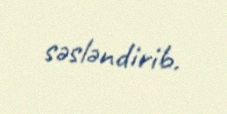
səsləndirib.